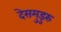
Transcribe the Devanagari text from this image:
देसमुडुरु